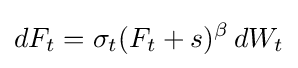
dF_{t}=\sigma _{t}(F_{t}+s)^{\beta }\,dW_{t}